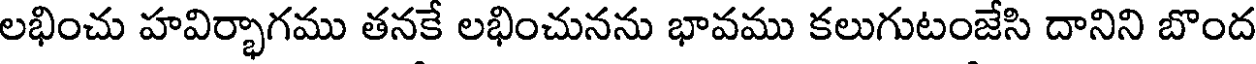
లభించు హవిర్భాగము తనకే లభించునను భావము కలుగుటంజేసి దానిని బొంద